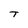
Character: T